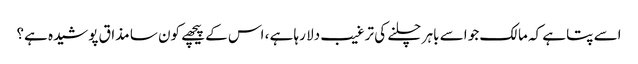
اسے پتا ہے کہ مالک جو اسے باہر چلنے کی ترغیب دلا رہا ہے ، اس کے پیچھے کون سا مذاق پوشیدہ ہے؟